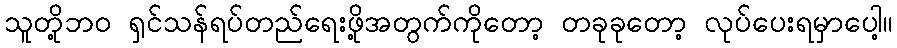
သူတို့ဘဝ ရှင်သန်ရပ်တည်ရေးဖို့အတွက်ကိုတော့ တခုခုတော့ လုပ်ပေးရမှာပေါ့။